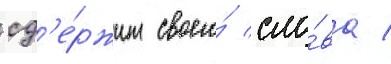
сд'е́ржит своего́ сло́ва /